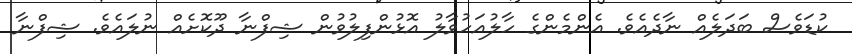
ކުޑަވެސް ބަދަލެއް ނާދެއެވެ. އެންމެންގެ ހާލުއަހުވާލު އޮޅުންފިލުވުން ޝިފްނާ ދޫކޮށެއް ނުލައެވެ. ޝިފްނާ